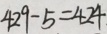
4 2 9 - 5 = 4 2 4